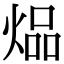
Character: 煰